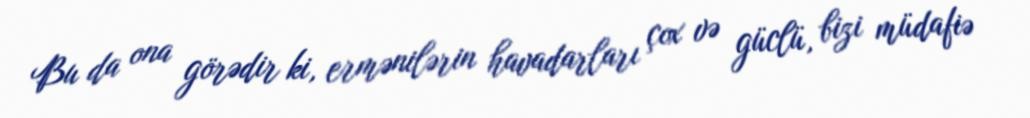
Bu da ona görədir ki, ermənilərin havadarları çox və güclü, bizi müdafiə